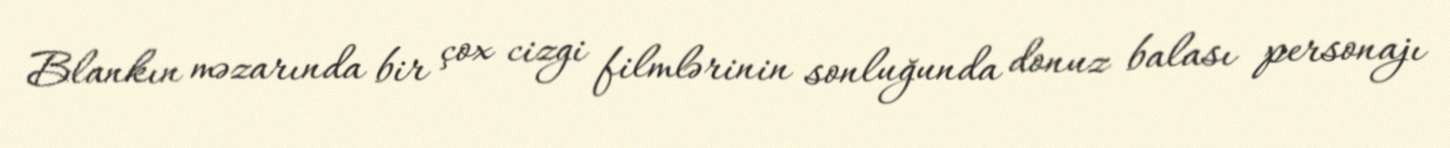
Blankın məzarında bir çox cizgi filmlərinin sonluğunda donuz balası personajı